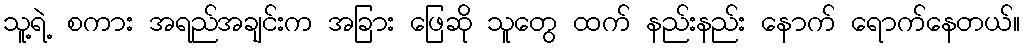
သူ့ရဲ့ စကား အရည်အချင်းက အခြား ဖြေဆို သူတွေ ထက် နည်းနည်း နောက် ရောက်နေတယ်။